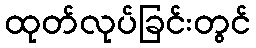
ထုတ်လုပ်ခြင်းတွင်